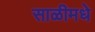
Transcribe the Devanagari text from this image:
साळीमधे